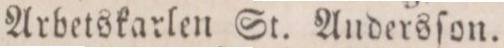
Arbetskarlen St. Andersſon.